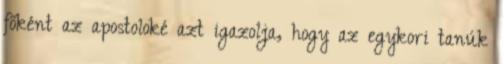
főként az apostoloké azt igazolja, hogy az egykori tanúk